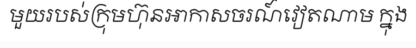
មួយរបស់ក្រុមហ៊ុនអាកាសចរណ៍វៀតណាម ក្នុង